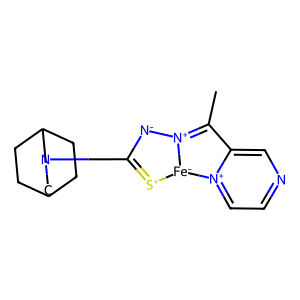
SMILES: CC1=[N+]2[N-]C(N3CC4CCC(CC4)C3)=[S+][Fe-]2[n+]2ccncc21
Inhibits HIV replication: No